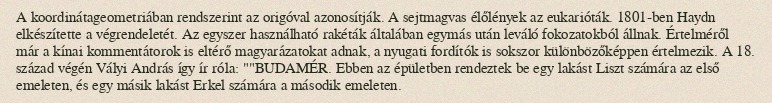
A koordinátageometriában rendszerint az origóval azonosítják. A sejtmagvas élőlények az eukarióták. 1801-ben Haydn elkészítette a végrendeletét. Az egyszer használható rakéták általában egymás után leváló fokozatokból állnak. Értelméről már a kínai kommentátorok is eltérő magyarázatokat adnak, a nyugati fordítók is sokszor különbözőképpen értelmezik. A 18. század végén Vályi András így ír róla: ""BUDAMÉR. Ebben az épületben rendeztek be egy lakást Liszt számára az első emeleten, és egy másik lakást Erkel számára a második emeleten.